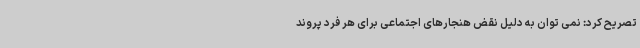
تصریح کرد: نمی توان به دلیل نقض هنجارهای اجتماعی برای هر فرد پروند